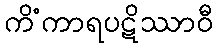
ကိံကာရပဋိဿာဝီ